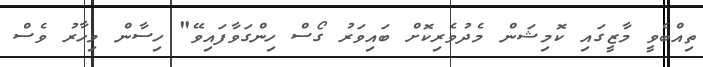
ތިއްބެވީ މާޒީގައި ކޮމިޝަން މެދުވެރިކޮށް ބައިވަރު ގޯސް ހިންގަވާފައިވޭ" ހިސާން މިހާރު ވެސް